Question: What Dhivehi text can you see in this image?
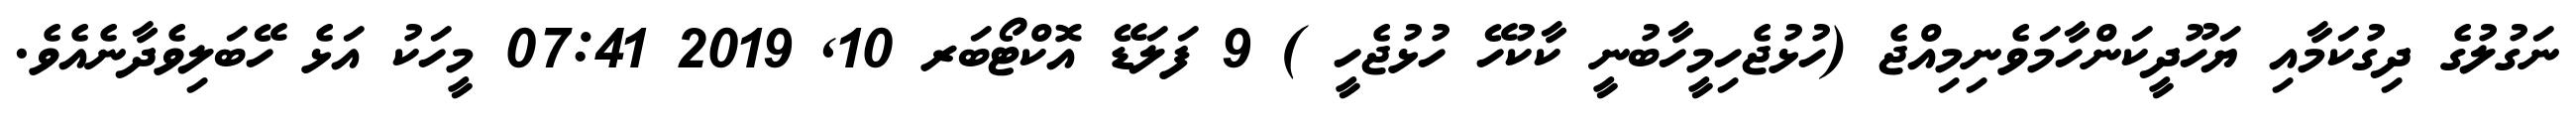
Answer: ނަގުލުގެ ދިގުކަމާއި ޔަހޫދީކަންހާމަވެނިމިއްޖެ (ހުޅުޖެހިމީހާބުނީ ކާކުހޭ ހުޅުޖެހީ ) 9 ފަލަޑޭ އޮކްޓޯބަރ 10, 2019 07:41 މީހަކު އަޅެ ހޭބަލިވެދާނެއެވެ.